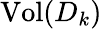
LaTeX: \mathrm{Vol}(D_{k})